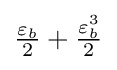
{\textstyle {\frac {\varepsilon _{b}}{2}}+{\frac {\varepsilon _{b}^{3}}{2}}}